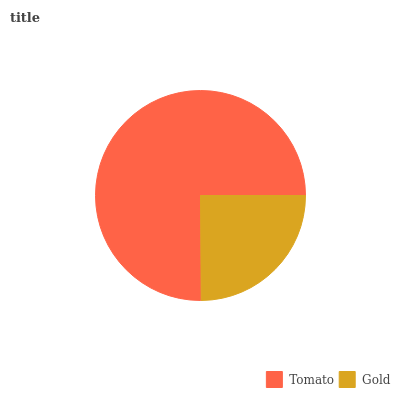
| Tomato | Gold |
 | --- | --- |
 | 75.2% | 24.8% |